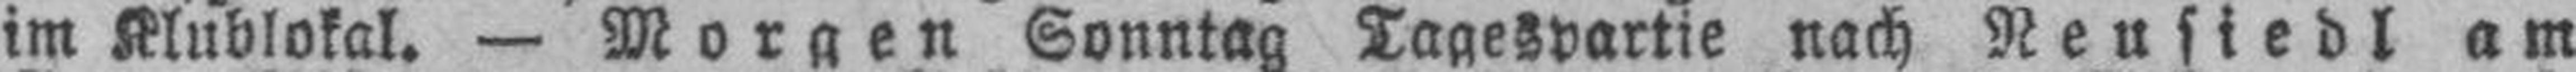
im Klublokal. — Morgen Sonntag Tagespartie nach Neusiedl am